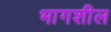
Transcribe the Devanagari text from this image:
भागशील